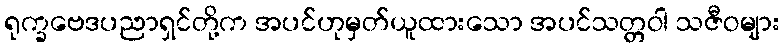
ရုက္ခဗေဒပညာရှင်တို့က အပင်ဟုမှတ်ယူထားသော အပင်သတ္တဝါ သဇီဝများ